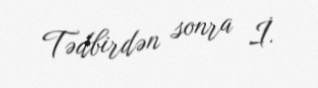
Tədbirdən sonra İ.